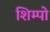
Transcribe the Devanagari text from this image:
शिम्पो